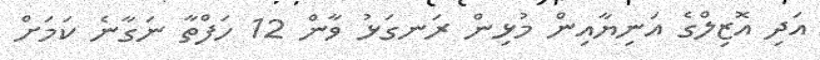
އަދި އޮޒިލްގެ އަނިޔާއިން މުޅިން ރަނގަޅު ވާން 12 ހަފްތާ ނަގާނެ ކަަމަށް